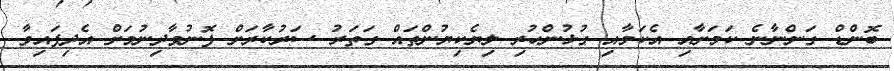
ބޮންޑް ގަންނާނެ ކަމަށާއި އެކަމާއި ގުޅުންހުރި ލިޔެކިޔުންތައް ގަތަރު ސަރުކާރަށް ފޮނުވާދިނުމަށް އެދިފައިވާ